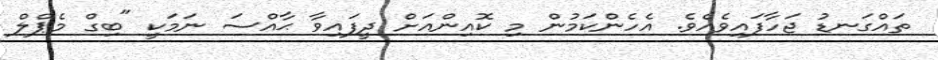
ތައްގަނޑު ޖަހާފައިވެއެވެ. އެހެންކަމުން މި ކޮއިންއަށް ދީފައިވާ ޙާއްސަ ނަމަކީ "ބިގް މެޕްލް